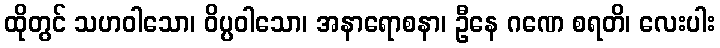
ထိုတွင် သဟဝါသော၊ ဝိပ္ပဝါသော၊ အနာရောစနာ၊ ဦနေ ဂဏေ စရတိ၊ လေးပါး